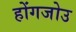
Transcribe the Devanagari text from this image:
होंगजोउ